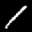
Label: 1